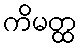
ကိမတ္ထ